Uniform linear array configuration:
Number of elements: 8
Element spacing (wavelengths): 0.75
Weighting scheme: hann
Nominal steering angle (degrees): -30
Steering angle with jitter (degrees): -29.835
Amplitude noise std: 0.05
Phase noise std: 0.05

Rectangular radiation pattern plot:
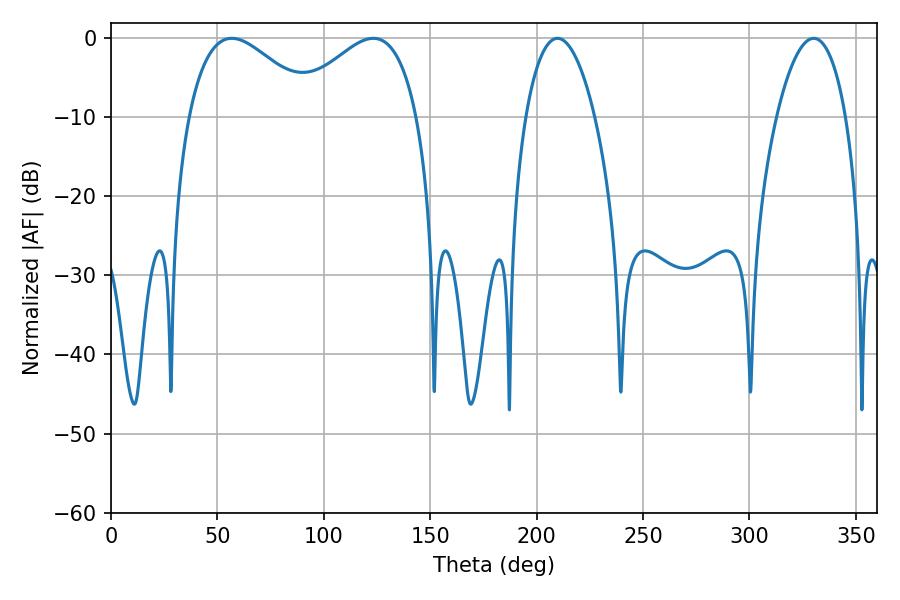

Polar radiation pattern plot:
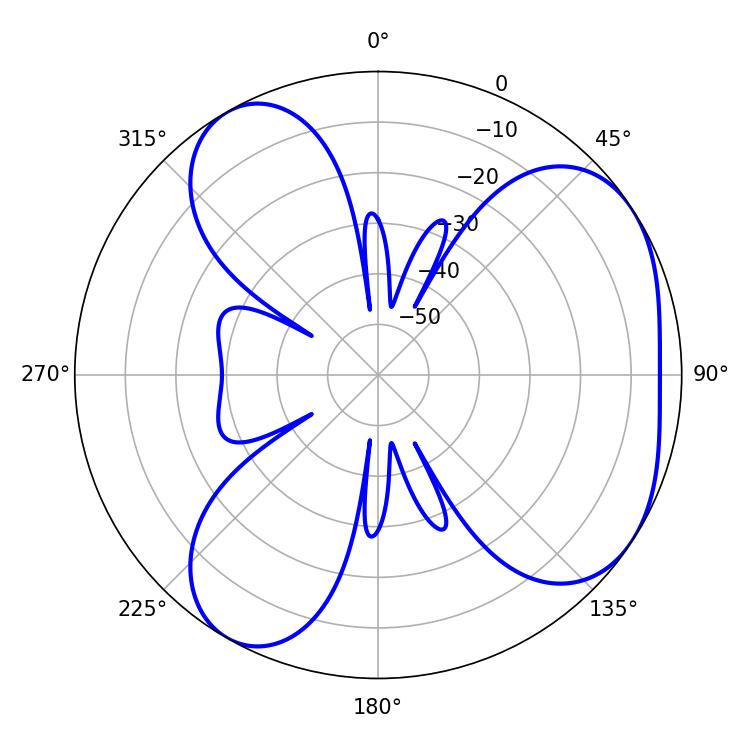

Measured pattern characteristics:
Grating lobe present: TRUE
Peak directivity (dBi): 4.732
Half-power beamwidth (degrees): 32.4
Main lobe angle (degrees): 56.7